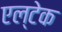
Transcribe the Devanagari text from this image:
एल्टेक